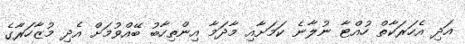
އަދި އެހަރަކާތް ހުއްޓާ ނުލާނެ ކަމަށާއި މާދަމާ އިންތިހާބު ބޭއްވުމަށް އެދި މުޒާހަރާގެ